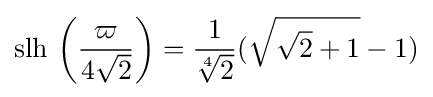
\operatorname {slh} \,\left({\frac {\varpi }{4{\sqrt {2}}}}\right)={\frac {1}{\sqrt[{4}]{2}}}({\sqrt {{\sqrt {2}}+1}}-1)